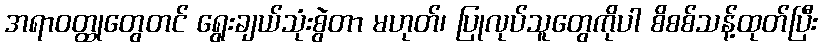
အရာဝတ္ထုတွေတင် ရွေးချယ်သုံးစွဲတာ မဟုတ်၊ ပြုလုပ်သူတွေကိုပါ စိစစ်သန့်ထုတ်ပြီး